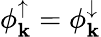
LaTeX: \phi_{\mathbf{k}}^{\uparrow}=\phi_{\mathbf{k}}^{\downarrow}